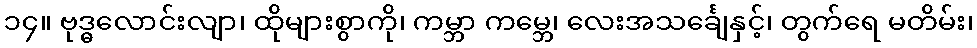
၁၄။ ဗုဒ္ဓလောင်းလျာ၊ ထိုများစွာကို၊ ကမ္ဘာ ကမ္ဘေ၊ လေးအသင်္ချေနှင့်၊ တွက်ရေ မတိမ်း၊